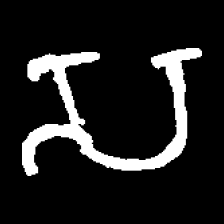
Pyu character \u2014 Myanmar letter: သ (romanized: sa)